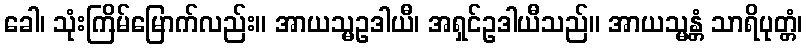
ခေါ၊ သုံးကြိမ်မြောက်လည်း။ အာယသ္မဥဒါယီ၊ အရှင်ဥဒါယီသည်။ အာယသ္မန္တံ သာရိပုတ္တံ၊